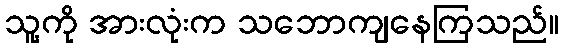
သူ့ကို အားလုံးက သဘောကျနေကြသည်။